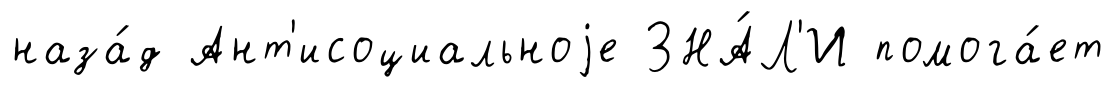
наза́д Ант'исоциальноjе ЗНА́Л'И помога́ет